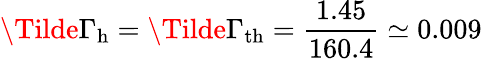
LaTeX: \Tilde{\Gamma}_{\mathrm{h}}=\Tilde{\Gamma}_{\mathrm{th}}=\frac{1.45}{160.4}\simeq 0.009